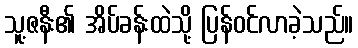
သူ့ဇနီး၏ အိပ်ခန်းထဲသို့ ပြန်ဝင်လာခဲ့သည်။